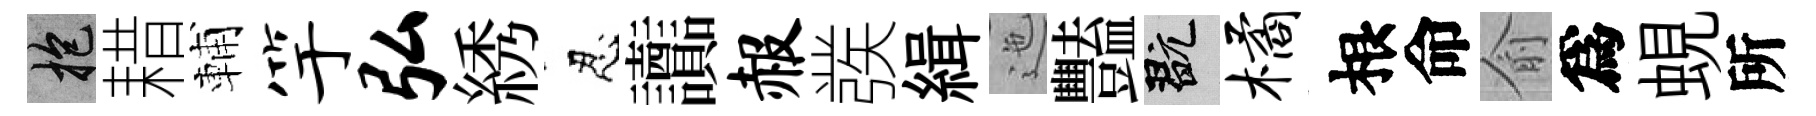
抱耤輔竽弘綉忍讟赧彂緝迤豔玩橘根命俞爲蜆所